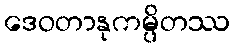
ဒေဝတာနုကမ္ပိတဿ